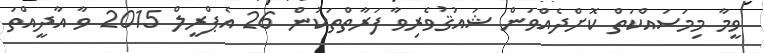
ވީމާ މިމަސައްކަތް ކޮށްދެއްވަން ޝައުޤުވެރިވާ ފަރާތްތަކުން 26 އެޕްރީލް 2015 ވާ އާދީއްތަ